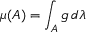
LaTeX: \mu ( A ) = \int _ { A } g \, d \lambda